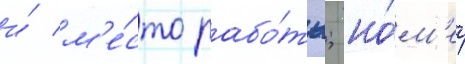
и́ м'е́сто рабо́ты; но́м'ер